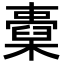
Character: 𣝐